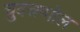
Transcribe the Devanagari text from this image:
चुवन्नप्पोल